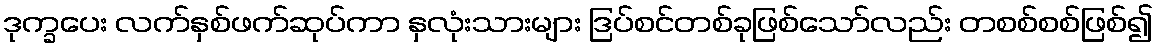
ဒုက္ခပေး လက်နှစ်ဖက်ဆုပ်ကာ နှလုံးသားများ ဒြပ်စင်တစ်ခုဖြစ်သော်လည်း တစစ်စစ်ဖြစ်၍